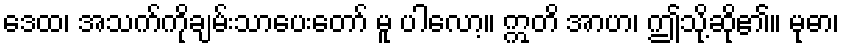
ဒေထ၊ အသက်ကိုချမ်းသာပေးတော် မူ ပါလော့။ ဣတိ အာဟ၊ ဤသို့ဆို၏။ မုဓာ၊